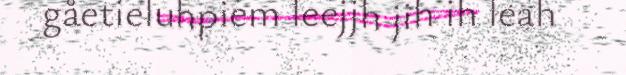
gåetieluhpiem leejjh jih ih leah